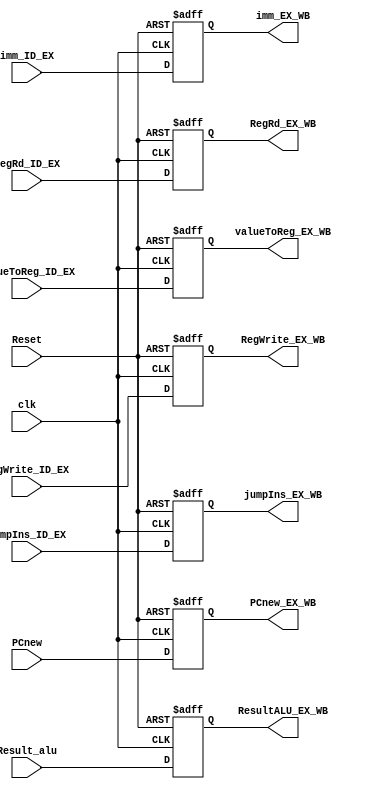
module EX_WB_reg(

    input [7:0] PCnew,
    input [7:0] Result_alu,
    input [7:0] imm_ID_EX,
    input [4:0] RegRd_ID_EX,
    input RegWrite_ID_EX,
    input jumpIns_ID_EX,
    input valueToReg_ID_EX,
    
    output reg [7:0] PCnew_EX_WB,
    output reg [7:0] ResultALU_EX_WB,
    output reg [7:0] imm_EX_WB,
    output reg [4:0] RegRd_EX_WB,
    output reg RegWrite_EX_WB,
    output reg jumpIns_EX_WB,
    output reg valueToReg_EX_WB,
    
    input clk,
    input Reset
    );
     
    always@(posedge clk, negedge Reset)
    begin
        if(Reset==0)
        begin
            PCnew_EX_WB <=0;
            ResultALU_EX_WB <=0;
            imm_EX_WB <=0;
            RegRd_EX_WB <=0;
            RegWrite_EX_WB <= 0;
            jumpIns_EX_WB <=0;
            valueToReg_EX_WB <=0;
        end
        
        else
        begin
            PCnew_EX_WB <= PCnew;
            ResultALU_EX_WB <= Result_alu;
            imm_EX_WB <= imm_ID_EX;
            RegRd_EX_WB <= RegRd_ID_EX;
            RegWrite_EX_WB <= RegWrite_ID_EX;
            jumpIns_EX_WB <= jumpIns_ID_EX;
            valueToReg_EX_WB <= valueToReg_ID_EX;
        end
    end
endmodule